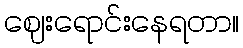
ဈေးရောင်းနေရတာ။